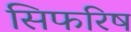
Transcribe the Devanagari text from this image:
सिफरिष